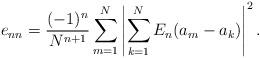
LaTeX: \begin{align*}e_{nn}=\frac{(-1)^n}{N^{n+1}} \sum_{m=1}^N \left|\sum_{k=1}^N E_n(a_m-a_k) \right|^2.\end{align*}